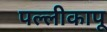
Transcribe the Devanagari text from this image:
पल्लीकापू